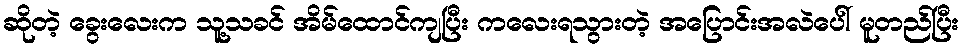
ဆိုတဲ့ ခွေးလေးက သူ့သခင် အိမ်ထောင်ကျပြီး ကလေးရသွားတဲ့ အပြောင်းအလဲပေါ် မူတည်ပြီး